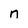
Character: n